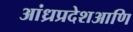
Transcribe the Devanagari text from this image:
आंध्रप्रदेशआणि